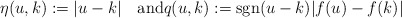
\begin{align*}\eta(u,k):=|u-k|\quad\mbox{and}q(u,k):=\mathrm{sgn}(u-k)|f(u)-f(k)|\end{align*}